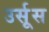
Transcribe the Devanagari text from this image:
उर्सूस